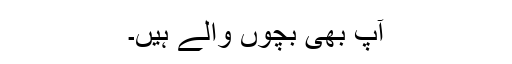
آپ بھی بچوں والے ہیں۔